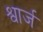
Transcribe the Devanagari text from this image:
श्वार्ज